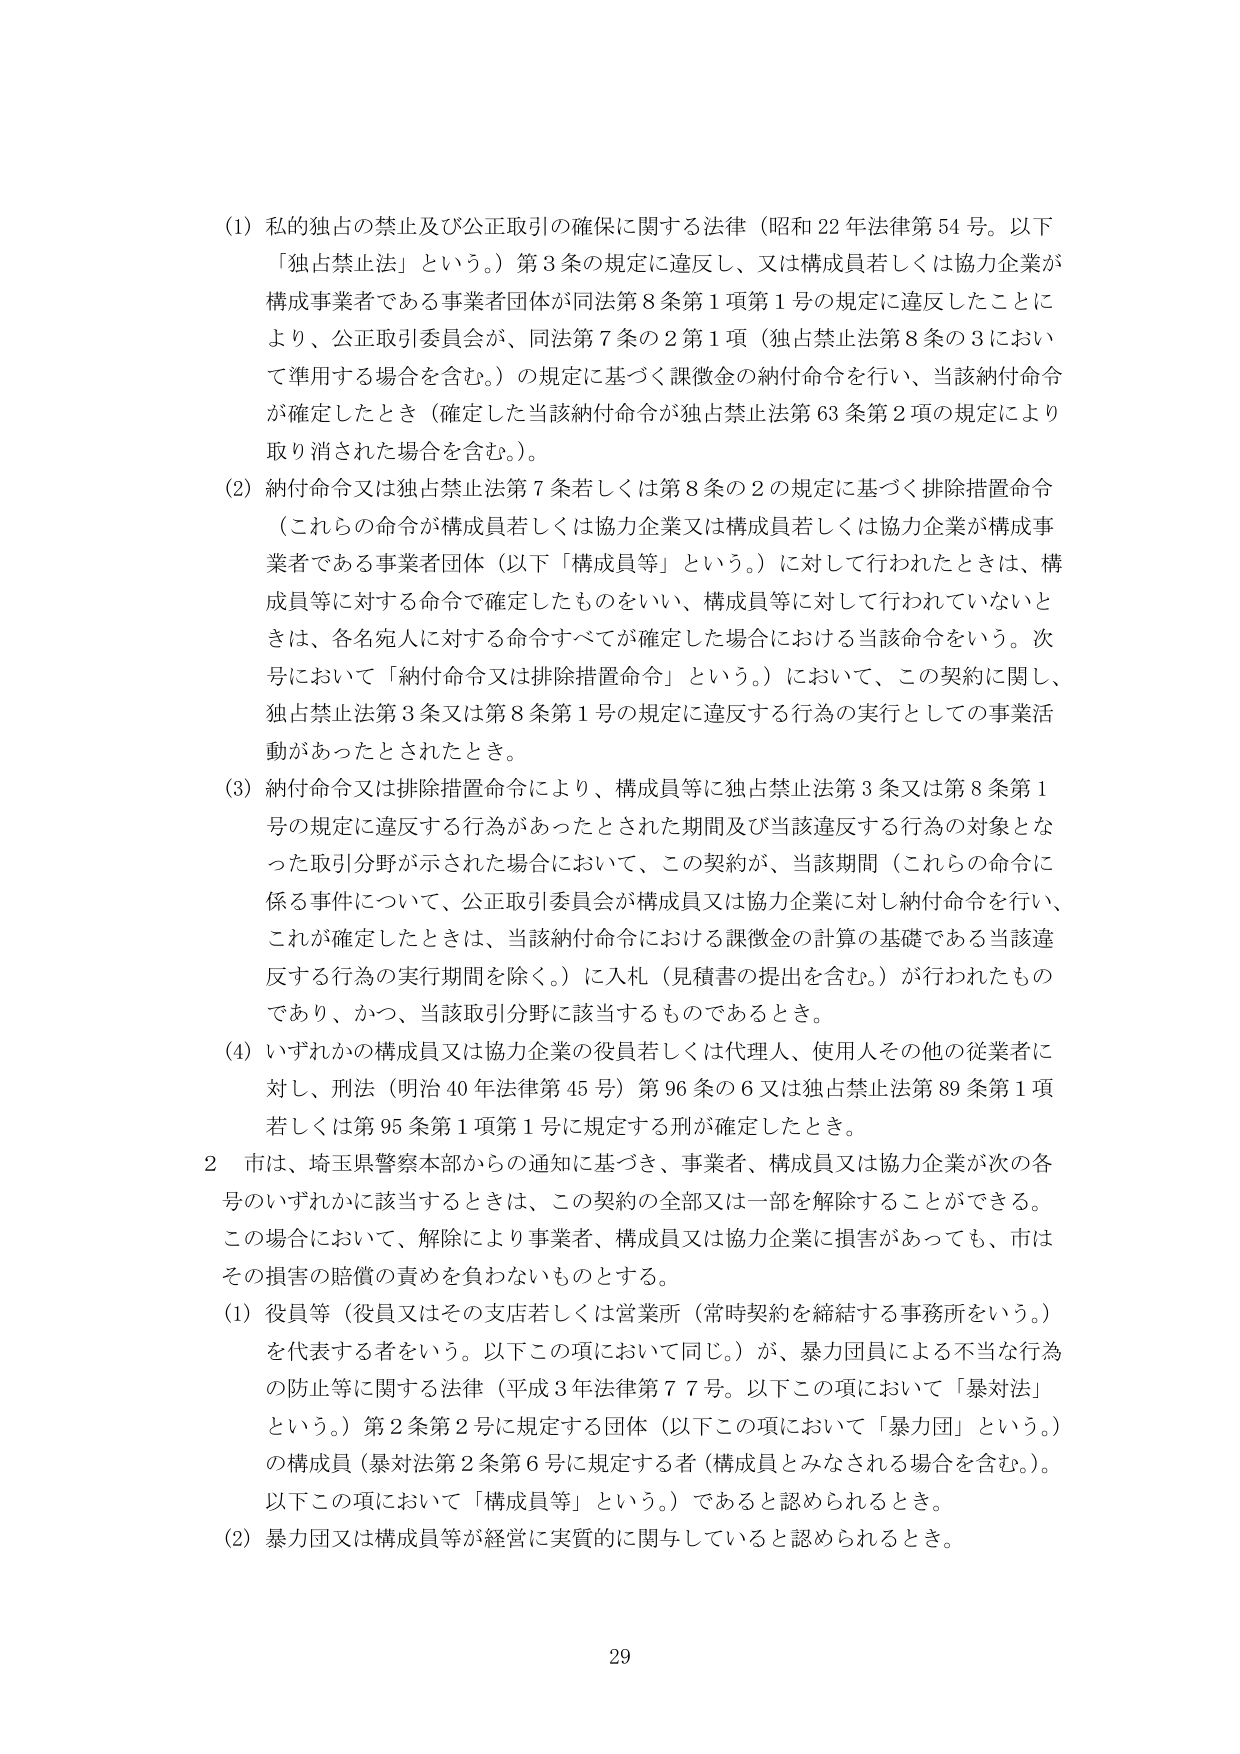
(1) 私的独占の禁止及び公正取引の確保に関する法律（昭和22年法律第54号。以下「独占禁止法」という。）第3条の規定に違反し、又は構成員若しくは協力企業が構成事業者である事業者団体が同法第8条第1項第1号の規定に違反したことにより、公正取引委員会が、同法第7条の2第1項（独占禁止法第8条の3において準用する場合を含む。）の規定に基づく課徴金の納付命令を行い、当該納付命令が確定したとき（確定した当該納付命令が独占禁止法第63条第2項の規定により取り消された場合を含む。）。

(2) 納付命令又は独占禁止法第7条若しくは第8条の2の規定に基づく排除措置命令（これらの命令が構成員若しくは協力企業又は構成員若しくは協力企業が構成事業者である事業者団体（以下「構成員等」という。）に対して行われたときは、構成員等に対する命令で確定したものをいい、構成員等に対して行われていないときは、各名宛人に対する命令すべてが確定した場合における当該命令をいう。次号において「納付命令又は排除措置命令」という。）において、この契約に関し、独占禁止法第3条又は第8条第1号の規定に違反する行為の実行としての事業活動があったとされたとき。

(3) 納付命令又は排除措置命令により、構成員等に独占禁止法第3条又は第8条第1号の規定に違反する行為があったとされた期間及び当該違反する行為の対象となった取引分野が示された場合において、この契約が、当該期間（これらの命令に係る事件について、公正取引委員会が構成員又は協力企業に対し納付命令を行い、これが確定したときは、当該納付命令における課徴金の計算の基礎である当該違反する行為の実行期間を除く。）に入札（見積書の提出を含む。）が行われたものであり、かつ、当該取引分野に該当するものであるとき。

(4) いずれかの構成員又は協力企業の役員若しくは代理人、使用人その他の従業者に対し、刑法（明治40年法律第45号）第96条の6又は独占禁止法第89条第1項若しくは第95条第1項第1号に規定する刑が確定したとき。

2 市は、埼玉県警察本部からの通知に基づき、事業者、構成員又は協力企業が次の各号のいずれかに該当するときは、この契約の全部又は一部を解除することができる。この場合において、解除により事業者、構成員又は協力企業に損害があっても、市はその損害の賠償の責めを負わないものとする。

(1) 役員等（役員又はその支店若しくは営業所（常時契約を締結する事務所をいう。）を代表する者をいう。以下この項において同じ。）が、暴力団員による不当な行為の防止等に関する法律（平成3年法律第77号。以下この項において「暴対法」という。）第2条第2号に規定する団体（以下この項において「暴力団」という。）の構成員（暴対法第2条第6号に規定する者（構成員とみなされる場合を含む。）。以下この項において「構成員等」という。）であると認められるとき。

(2) 暴力団又は構成員等が経営に実質的に関与していると認められるとき。

29